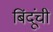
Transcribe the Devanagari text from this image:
बिंदूंची